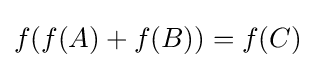
f(f(A)+f(B))=f(C)